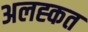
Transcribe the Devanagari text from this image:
अलह्कत